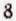
8